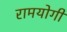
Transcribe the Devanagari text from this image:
रामयोगी